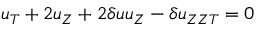
u _ { T } + 2 u _ { Z } + 2 \delta u u _ { Z } - \delta u _ { Z Z T } = 0